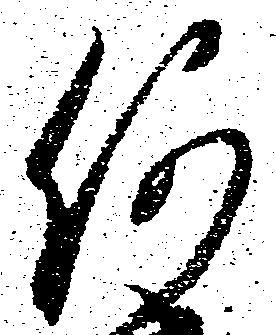
何